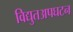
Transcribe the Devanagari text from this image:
विद्युतअपघटन